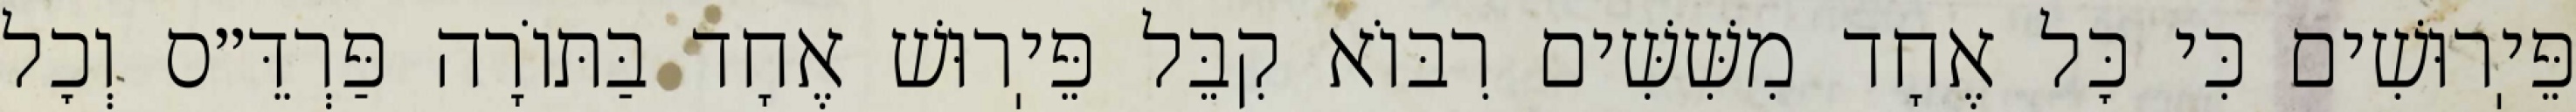
פֵּיֽרוּשִׁים כִּי כׇּל אֶחָד מִשִּׁשִּׁים רִבּוֹא קִבֵּל פֵּיֽרוּשׁ אֶחָד בַּתּוֹרָה פַּרְדֵּ״ס וְכׇל